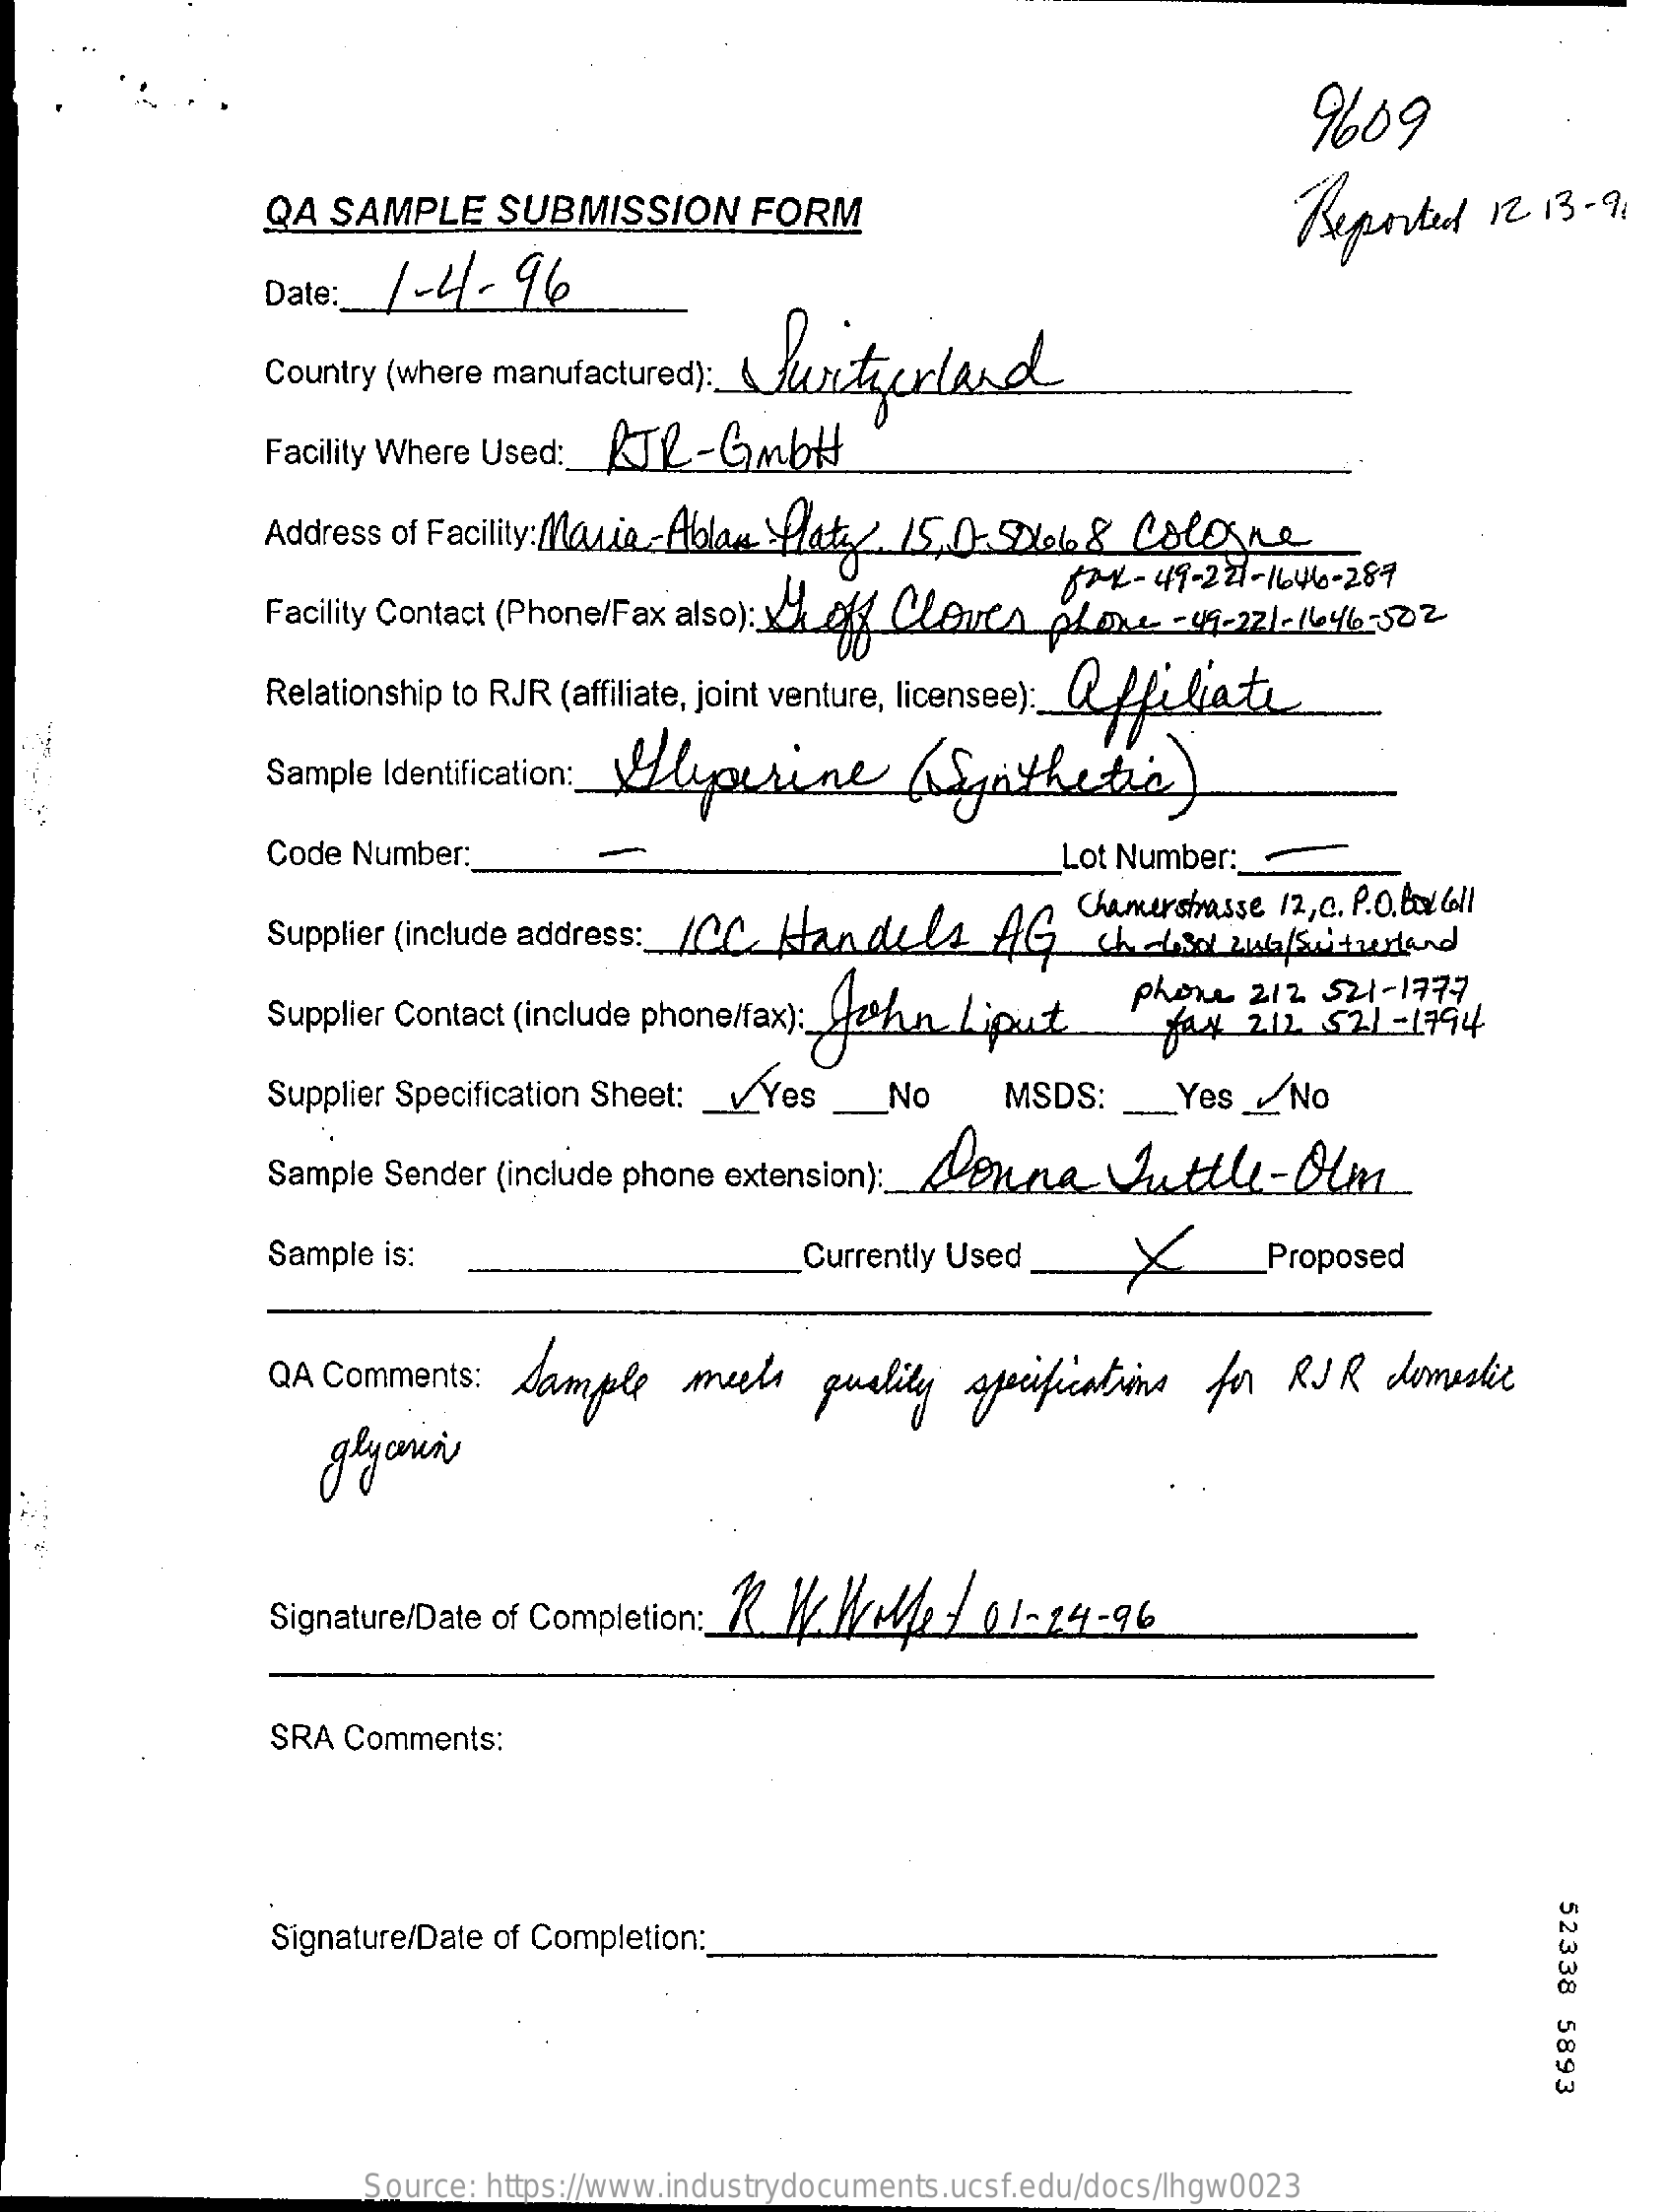
9609
     QA SAMPLE   SUBMISSION   FORM    Reported 12 13 - 9,
     Date :_ 1- 4-96
     Country (where manufactured) :_ Surtirlas el
     Facility Where Used: RTL -Gmbtt
     Address of Facility: Maria- Ablas Platy, 15.0. Sele & Cologne
     JAK - 49 - 2 21 - 16 46 - 289
     Facility Contact (Phone/Fax also): 23 of Clout plax4 -41-22/- 1646-502
     Relationship to RJR (affiliate, joint venture, licensee): affiliati
     Sample Identification :_ YElyourine (Synthetic)
     Code Number:    Lot Number :_
     Chamerstrasse 12,c. P.O.box loll
     Supplier (include address :_ / CC. Handels AG ch else willsuiturland
     Supplier Contact (include phone/fax): John Liput Phone 212 521-1777
     fax  212. 521 - 1794
     Supplier Specification Sheet: __ Yes _No MSDS: _ Yes __ No
     Sample Sender (include phone extension) :_ Ler na Attl-Olm
     Sample is:    Currently Used _ X   _Proposed
     QA Comments: Sample  meets  quality specifications for R JR domestic
     glycerin
     Signature/Date of Completion: 2. 1404/ 01-24-96
     SRA Comments:
     52338
     5893
     Signature/Date of Completion:
     Source: https://www.industrydocuments.ucsf.edu/docs/lhgw0023